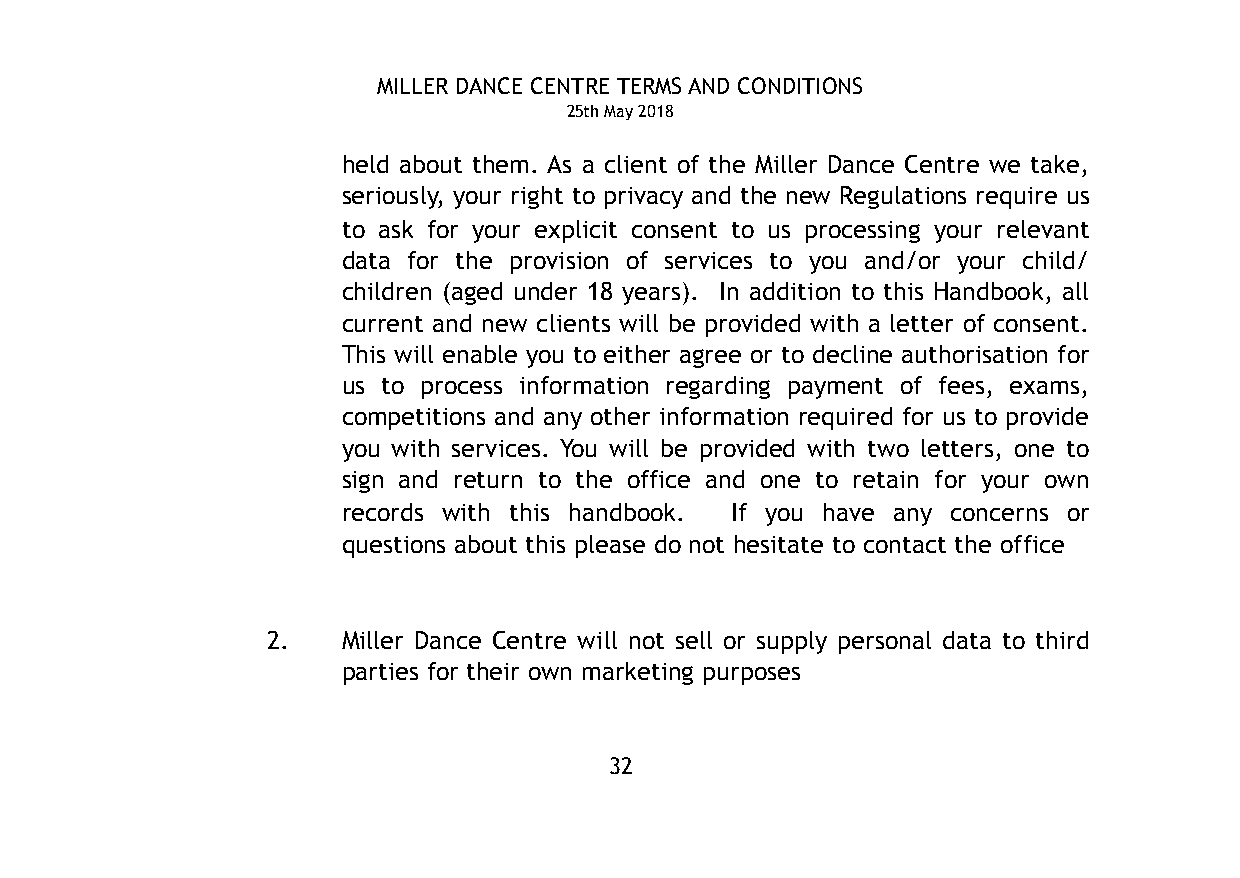
MILLER DANCE CENTRE TERMS AND CONDITIONS
 25th May 2018
 held about them. As a client of the Miller Dance Centre we take,
 seriously, your right to privacy and the new Regulations require us
 to ask for your explicit consent to us processing your relevant
 data for the provision of services to you and/or your child/
 children (aged under 18 years). In addition to this Handbook, all
 current and new clients will be provided with a letter of consent.
 This will enable you to either agree or to decline authorisation for
 us to process information regarding payment of fees, exams,
 competitions and any other information required for us to provide
 you with services. You will be provided with two letters, one to
 sign and return to the office and one to retain for your own
 records with this handbook. If you have any concerns or
 questions about this please do not hesitate to contact the office
 2.   Miller Dance Centre will not sell or supply personal data to third
 parties for their own marketing purposes
 32